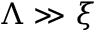
\Lambda \gg \xi